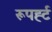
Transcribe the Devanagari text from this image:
रूपर्ह्ट